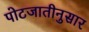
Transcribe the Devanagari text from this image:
पोटजातीनुसार